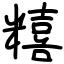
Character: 糦